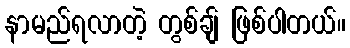
နာမည်ရလာတဲ့ တွစ်ချ် ဖြစ်ပါတယ်။